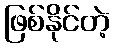
ဖြစ်နိုင်တဲ့